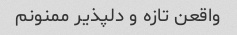
واقعن تازه و دلپذیر ممنونم